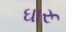
ઘારૂ